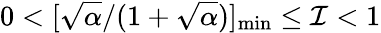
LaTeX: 0<[\sqrt{\alpha}/(1+\sqrt{\alpha})]_{\mathrm{min}}\leq\mathcal{I}<1